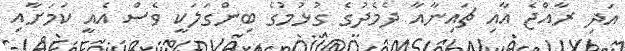
އަދި ރާއްޖެ އާއި ޗައިނާއާ ދެމެދުގެ ގުޅުމުގެ ބިންގަލަކީ ވެސް އެއީ ކަމަށާއި